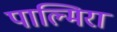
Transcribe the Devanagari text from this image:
पाल्मिरा